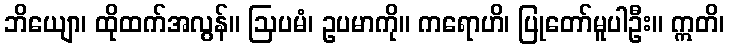
ဘိယျော၊ ထိုထက်အလွန်။ ဩပမံ၊ ဥပမာကို။ ကရောဟိ၊ ပြုတော်မူပါဦး။ ဣတိ၊